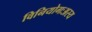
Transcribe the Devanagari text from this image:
विनियोगःअस्य